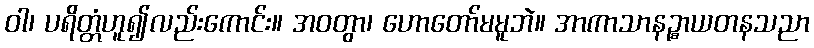
ဝါ၊ ပရိတ္တံဟူ၍လည်းကောင်း။ အဝတွာ၊ ဟောတော်မမူဘဲ။ အာကာသာနဉ္စာယတနသညာ